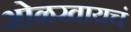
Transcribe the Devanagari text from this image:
ओळखायचं